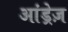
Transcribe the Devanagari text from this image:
आंड्रेज़